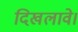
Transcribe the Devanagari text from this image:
दिखलावे।